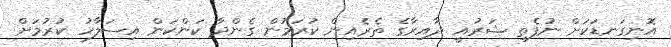
އޮނިގަނޑަކަށް ނުފެތި ޝަރުއީ ދާއިރާގެ ތެރެއިން ކުރަމުން ގެންދާ ކަންކަން އިސަލާހު ކުރުމަށް